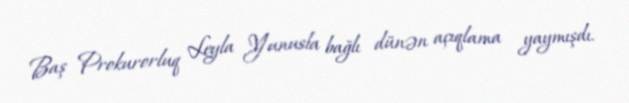
Baş Prokurorluq Leyla Yunusla bağlı dünən açıqlama yaymışdı.